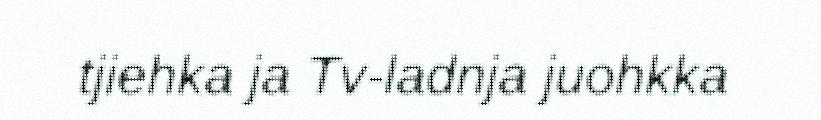
tjiehka ja Tv-ladnja juohkka